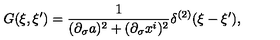
G ( \xi , \xi ^ { \prime } ) = { \frac { 1 } { ( \partial _ { \sigma } a ) ^ { 2 } + ( \partial _ { \sigma } x ^ { i } ) ^ { 2 } } } \delta ^ { ( 2 ) } ( \xi - \xi ^ { \prime } ) ,